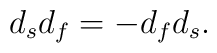
d_{s} d_{f} = - d_{f} d_{s}.